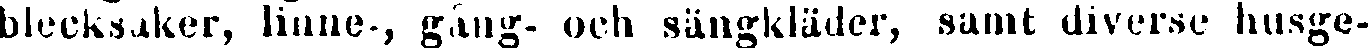
blecksaker, linne-, gång- och sängkläder, samt diverse husge-